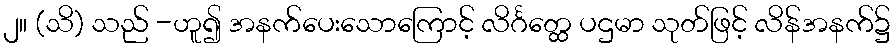
၂။ (သိ) သည် -ဟူ၍ အနက်ပေးသောကြောင့် လိင်္ဂတ္ထေ ပဌမာ သုတ်ဖြင့် လိန်အနက်၌